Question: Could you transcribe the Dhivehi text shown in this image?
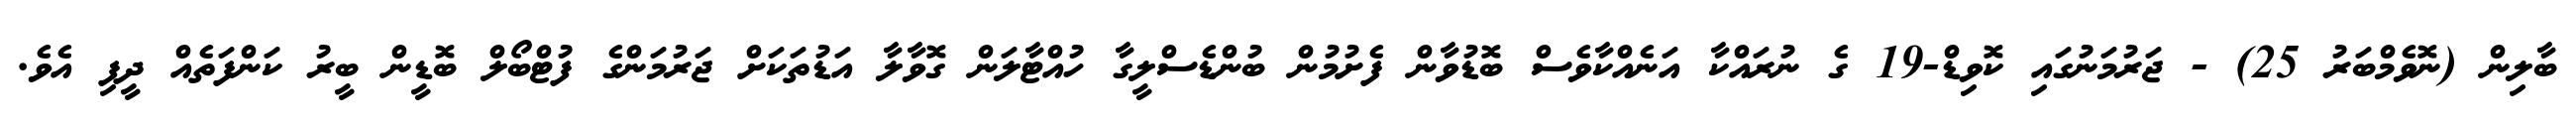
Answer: ބާލިން (ނޮވެމްބަރު 25) - ޖަރުމަނުގައި ކޮވިޑް-19 ގެ ނުރައްކާ އަނެއްކާވެސް ބޮޑުވާން ފެށުމުން ބުންޑެސްލީގާ ހުއްޓާލަން ގޮވާލާ އަޑުތަކަށް ޖަރުމަންގެ ފުޓްބޯލް ބޮޑީން ބީރު ކަންފަތެއް ދީފި އެވެ.